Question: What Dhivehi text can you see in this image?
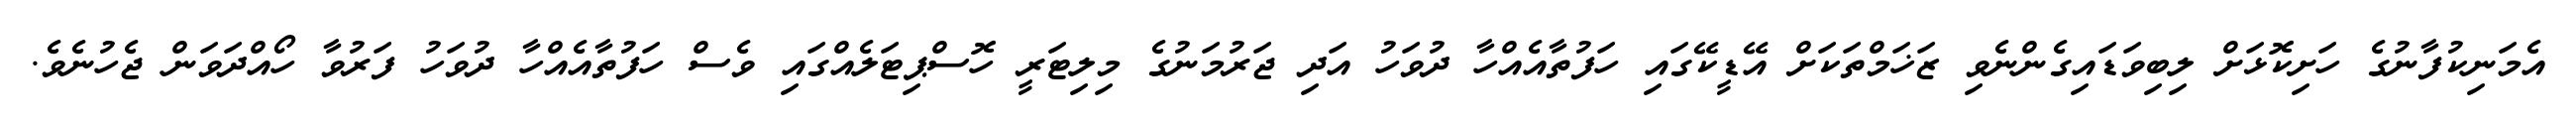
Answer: އެމަނިކުފާނުގެ ހަށިކޮޅަށް ލިބިވަޑައިގެންނެވި ޒަޚަމްތަކަށް އޭޑީކޭގައި ހަފުތާއެއްހާ ދުވަހު އަދި ޖަރުމަނުގެ މިލިޓަރީ ހޮސްޕިޓަލެއްގައި ވެސް ހަފުތާއެއްހާ ދުވަހު ފަރުވާ ހޯއްދަވަން ޖެހުނެވެ.